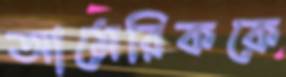
আমেরিককে